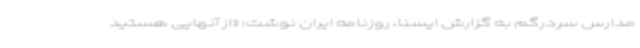
مدارس سردرگم به گزارش ایسنا، روزنامه ایران نوشت: «از آنهایی هستید